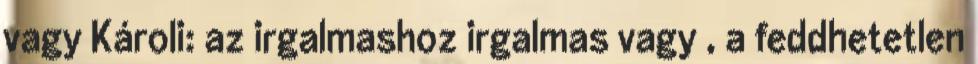
vagy Károli: az irgalmashoz irgalmas vagy , a feddhetetlen